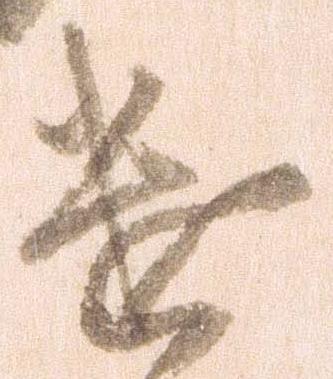
遣